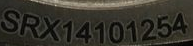
SRX14101254